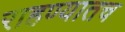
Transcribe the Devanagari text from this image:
राहण्यातच